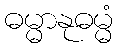
ဓမ္မာနုဓမ္မံ